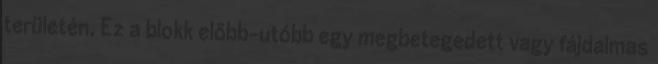
területén. Ez a blokk előbb-utóbb egy megbetegedett vagy fájdalmas